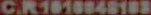
C.R1018848103